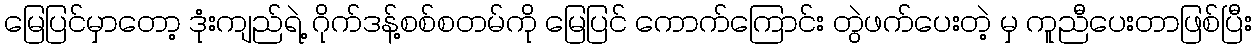
မြေပြင်မှာတော့ ဒုံးကျည်ရဲ့ ဂိုက်ဒန့်စစ်စတမ်ကို မြေပြင် ကောက်ကြောင်း တွဲဖက်ပေးတဲ့ မှ ကူညီပေးတာဖြစ်ပြီး